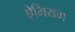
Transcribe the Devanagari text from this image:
ऐगियम